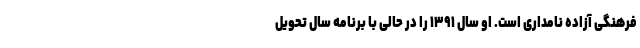
فرهنگی آزاده نامداری است. او سال ۱۳۹۱ را در حالی با برنامه سال تحویل